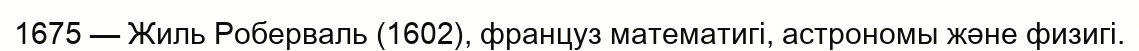
1675 — Жиль Роберваль (1602), француз математигі, астрономы және физигі.